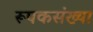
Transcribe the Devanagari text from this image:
रूपकसंख्या